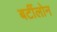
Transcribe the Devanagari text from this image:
बर्टीलोन